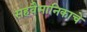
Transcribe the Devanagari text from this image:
सहवैमानिकाचे